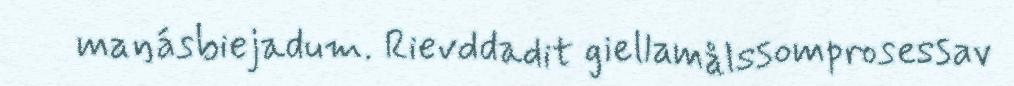
maŋásbiejadum. Rievddadit giellamålssomprosessav